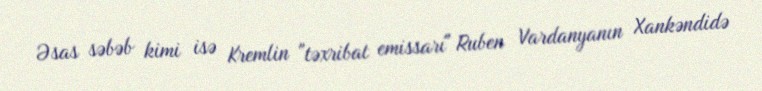
Əsas səbəb kimi isə Kremlin "təxribat emissarı" Ruben Vardanyanın Xankəndidə